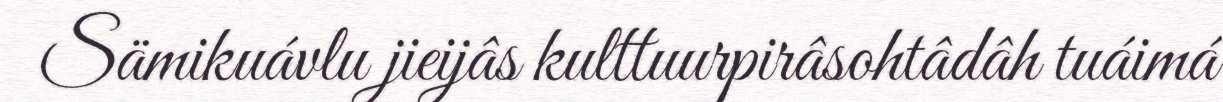
Sämikuávlu jieijâs kulttuurpirâsohtâdâh tuáimá